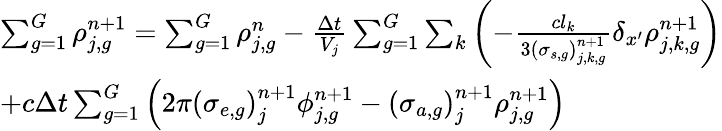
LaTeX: \begin{array}{l}{{\sum_{g=1}^{G}\rho_{j,g}^{n\mathrm{+1}}=\sum_{g=1}^{G}\rho_{j,g}^{n}-\frac{\Delta t}{V_{j}}\sum_{g=1}^{G}\sum_{k}\left(-\frac{cl_{k}}{3\left(\sigma_{s,g}\right)_{j,k,g}^{n+1}}\delta_{x^{\prime}}\rho_{j,k,g}^{n+1}\right)}}\\ {{+c\Delta t\sum_{g=1}^{G}\left(2\pi\left(\sigma_{e,g}\right)_{j}^{n+1}\phi_{j,g}^{n\mathrm{+1}}-\left(\sigma_{a,g}\right)_{j}^{n+1}\rho_{j,g}^{n\mathrm{+1}}\right)}}\end{array}